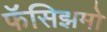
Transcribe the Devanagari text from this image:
फॅसिझमो